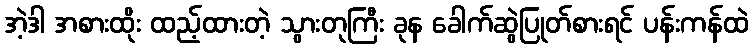
အဲ့ဒါ အစားထိုး ထည့်ထားတဲ့ သွားတုကြီး ခုန ခေါက်ဆွဲပြုတ်စားရင် ပန်းကန်ထဲ